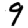
Digit: 9